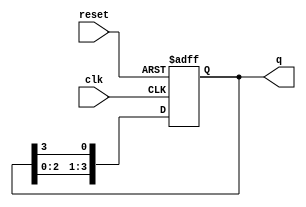
module ring_counter (
    input wire clk,         // Clock input
    input wire reset,       // Asynchronous reset input
    output reg [N-1:0] q    // Output of the ring counter (N flip-flops)
);

// Parameter for the number of flip-flops
parameter N = 4; // You can change this value for different sizes of the ring counter

// Initial state
initial begin
    q = 1'b1; // Initialize the first flip-flop to '1', others to '0'
end

// Always block for synchronous operation
always @(posedge clk or posedge reset) begin
    if (reset) begin
        // Reset the counter to initial state
        q <= 1'b1; // Reset to '1000' for N=4
    end else begin
        // Shift the '1' to the right
        q <= {q[N-2:0], q[N-1]}; // Circular shift
    end
end

endmodule